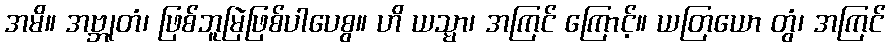
အမိ။ အဗ္ဘုတံ၊ ဖြစ်ဘူမြဲဖြစ်ပါပေစွ။ ဟိ ယသ္မာ၊ အကြင် ကြောင့်။ ယတြယော တွံ၊ အကြင်